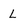
Character: L